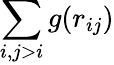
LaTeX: \sum_{i,j>i}g(r_{ij})